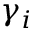
\gamma _ { i }